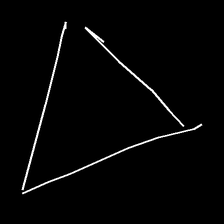
Glyph: convergence